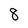
Character: 8